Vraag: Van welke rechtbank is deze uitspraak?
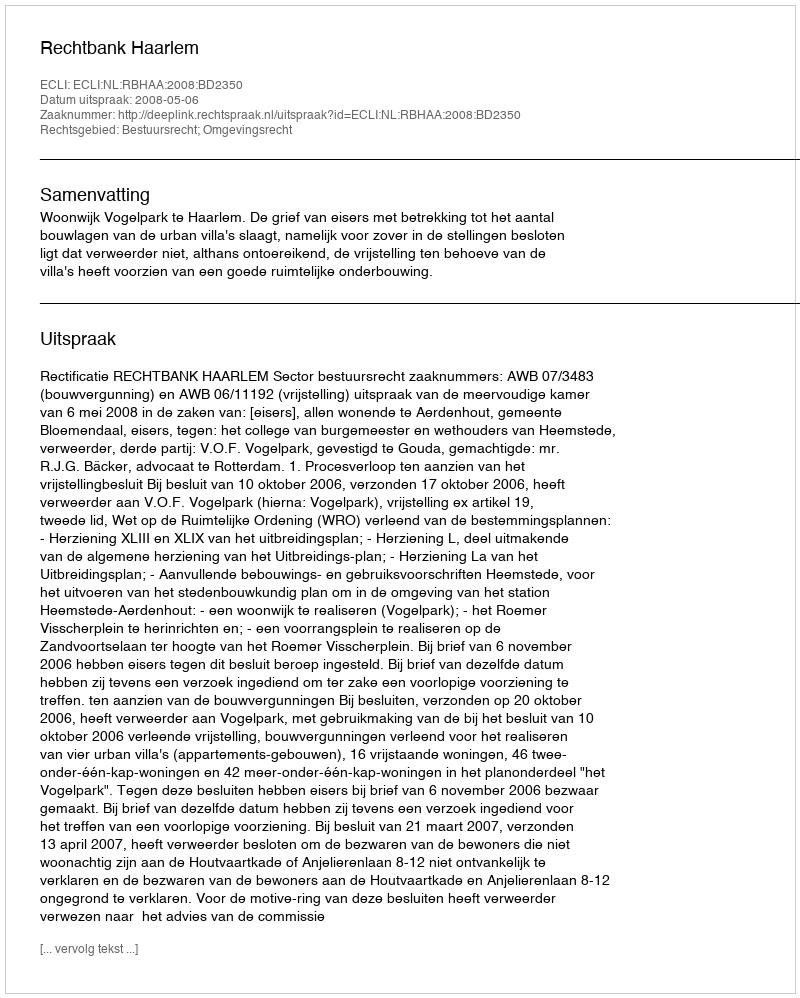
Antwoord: Rechtbank Haarlem